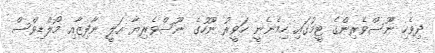
ދިވެހި ނޫސްވެރިންގެ ޓީމުގައި ހިމެނެނީ ހަވީރު ނޫހުގެ ނޫސްވެރިޔާ އަލީ ނާފިޒާއި މޯލްޑިވްސް